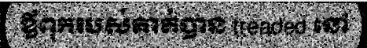
ឪពុករបស់គាត់បាន treaded នៅ